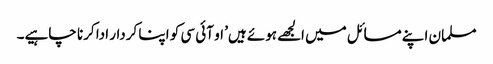
مسلمان اپنے مسائل میں الجھے ہوئے ہیں’ او آئی سی کو اپنا کردار ادا کرنا چاہیے۔